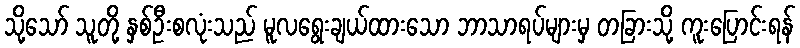
သို့သော် သူတို့ နှစ်ဦးစလုံးသည် မူလရွေးချယ်ထားသော ဘာသာရပ်များမှ တခြားသို့ ကူးပြောင်းရန်